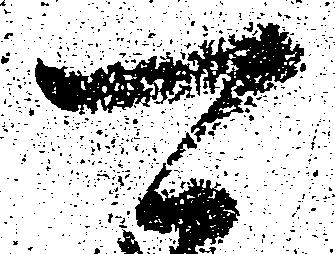
可